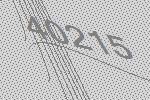
40215